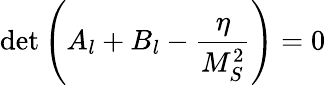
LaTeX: \operatorname*{det}\left(A_{l}+B_{l}-\frac{\eta}{M_{S}^{2}}\right)=0